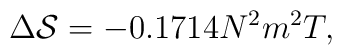
\Delta {\cal S} = - 0.1714 N^2 m^2T,